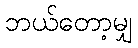
ဘယ်တော့မျှ